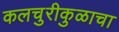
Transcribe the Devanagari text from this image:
कलचुरीकुळाचा